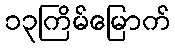
၁၃ကြိမ်မြောက်